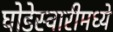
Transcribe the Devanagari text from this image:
घोडेस्वारीमध्ये